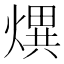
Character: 熼